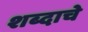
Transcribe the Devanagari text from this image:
शब्‍दाचे